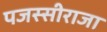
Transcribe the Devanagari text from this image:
पजस्सीराजा